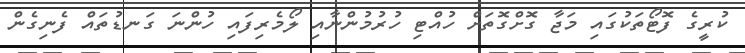
ކުރީގެ ފޮޓޯތަކުގައި މަޖާ ގޮށްގޮތަށް ހުއްޓި ހުރުމުންނާއި ލޯމެރިފައި ހުންނަ ގަނޑުތައް ފެނިގެން